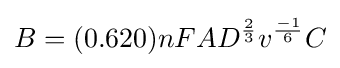
B=(0.620)nFAD^{\frac {2}{3}}v^{\frac {-1}{6}}C